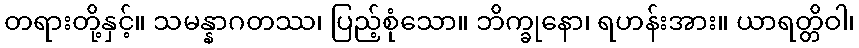
တရားတို့နှင့်။ သမန္နာဂတဿ၊ ပြည့်စုံသော။ ဘိက္ခုနော၊ ရဟန်းအား။ ယာရတ္တိဝါ၊